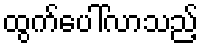
ထွက်ပေါ်လာသည့်